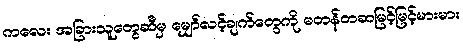
ကလေး အခြားသူတွေဆီမှ မျှော်လင့်ချက်တွေကို မတန်တဆမြင့်မြင့်မားမား